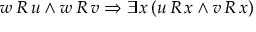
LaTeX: w \, R \, u \land w \, R \, v \Rightarrow \exists x \, ( u \, R \, x \land v \, R \, x )